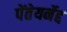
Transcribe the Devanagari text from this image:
पेंतेयर्नेद्द